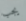
يجب